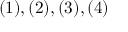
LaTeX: ( 1 ) , ( 2 ) , ( 3 ) , ( 4 )